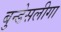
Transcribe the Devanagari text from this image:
बुन्डेसलीगा